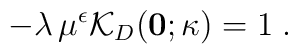
- \lambda \, \mu^{\epsilon} {\mathcal K}_{{D}} ({\bf 0}; \kappa)= 1\;  .